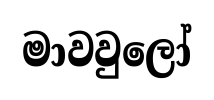
මාවවුලෝ